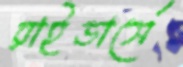
রাইডার্সে